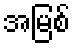
အမြစ်